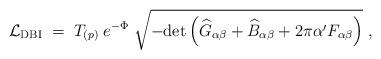
LaTeX: \begin{align*}{\cal L}_{\rm DBI}\; = \; T_{(p)}\; e^{-\Phi}\; \sqrt{ - {\rm det} \left( {\widehat G}_{\alpha\beta} + {\widehat B}_{\alpha\beta} + 2\pi\alpha^\prime F_{\alpha\beta} \right) }\ , \end{align*}